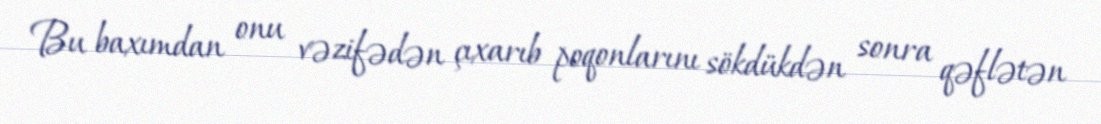
Bu baxımdan onu vəzifədən çıxarıb poqonlarını sökdükdən sonra qəflətən